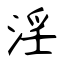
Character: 淫